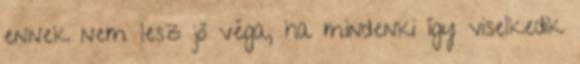
ennek nem lesz jó véga, ha mindenki így viselkedik